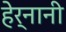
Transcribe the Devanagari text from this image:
हेर्नानी